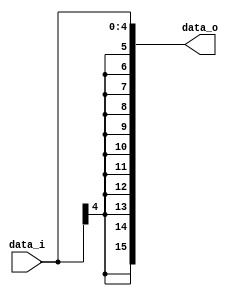
module SignExtend(data_i, data_o);
	input [4:0] data_i;
	output [15:0] data_o;
	
	wire [4:0] data_i;
	wire [15:0] data_o;
	
	assign data_o = {{11{data_i[4]}}, data_i};
endmodule